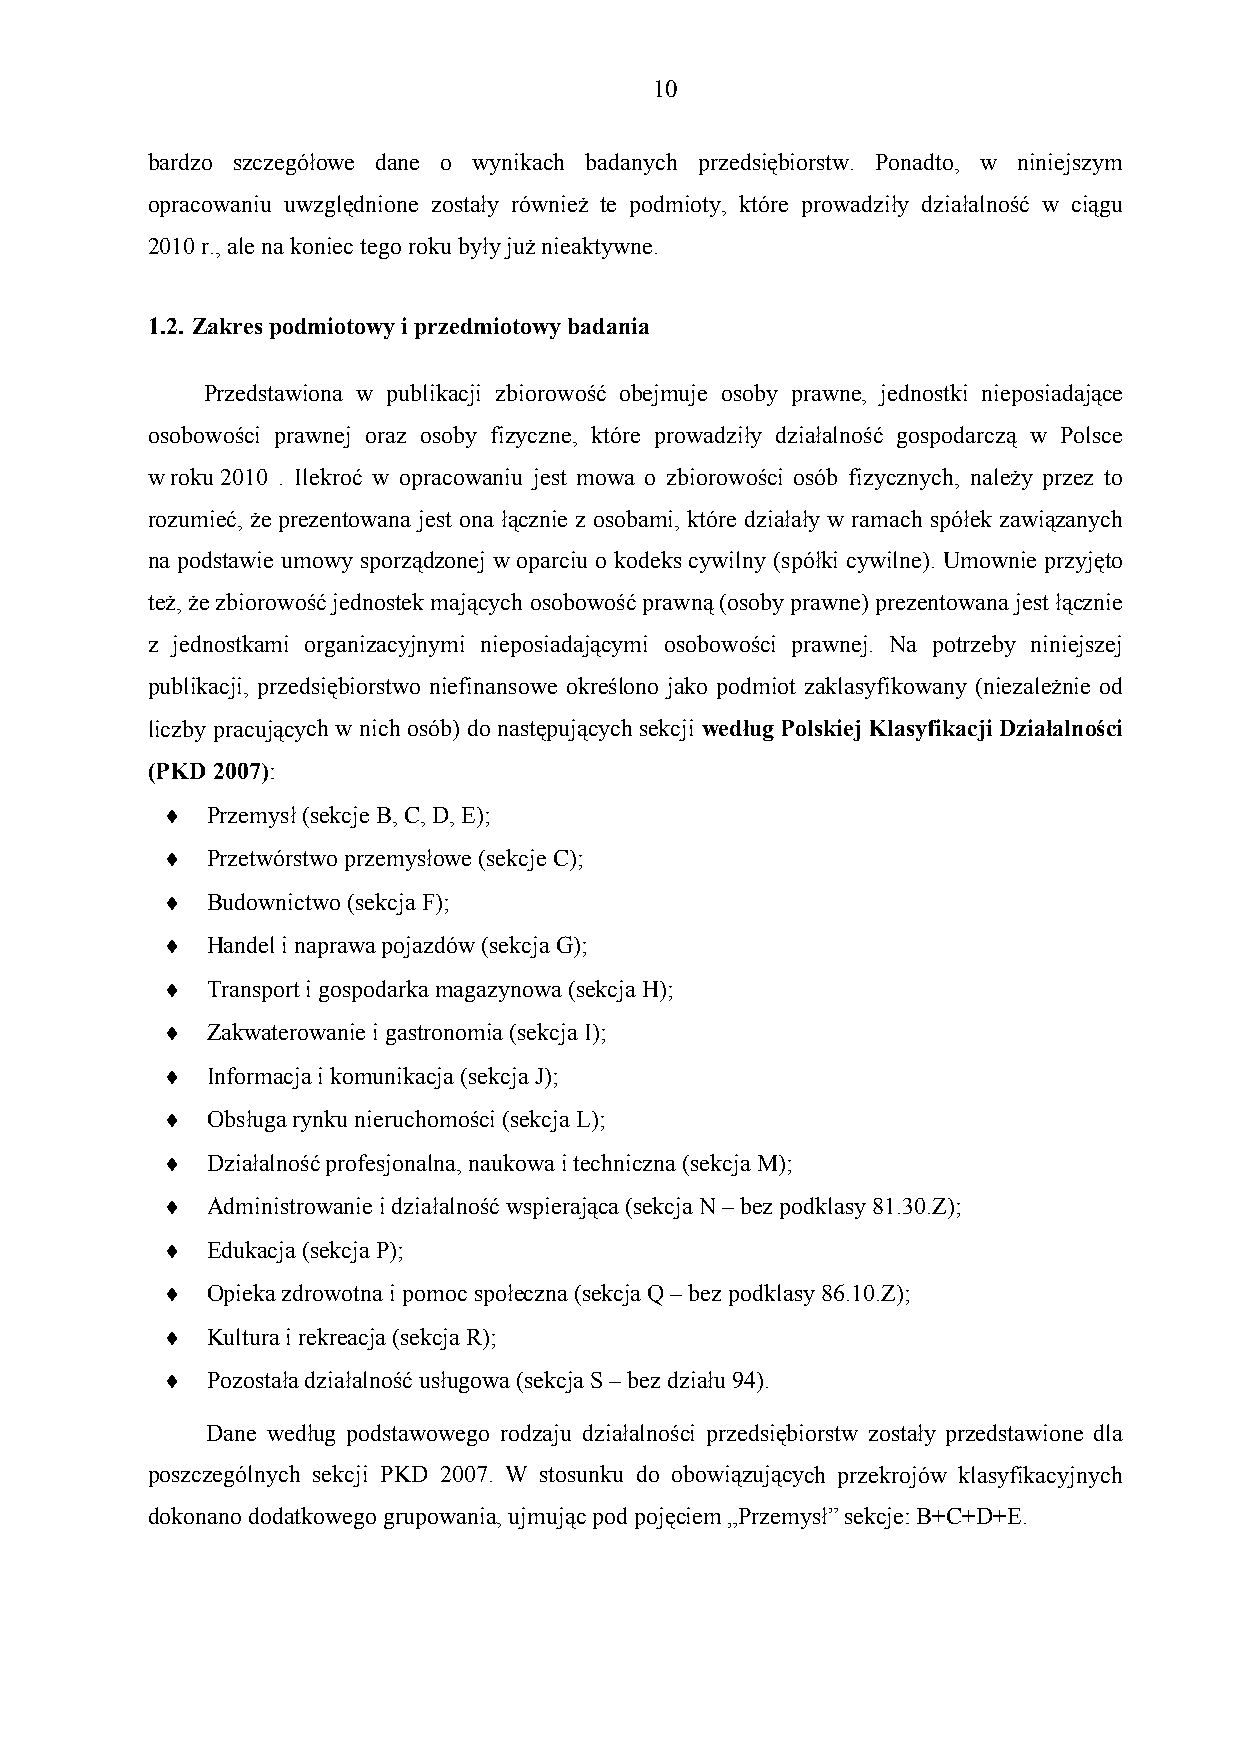
1 0
 bardzo szczegółowe dane o wynikach badanych przedsiębiorstw. Ponadto, w niniejszym
 opracowaniu uwzględnione zostały również te podmioty, które prowadziły działalność w ciągu
 2010 r., ale na koniec tego roku były już nieaktywne.
 1.2. Zakres podmiotowy i przedmiotowy badania
 Przedstawiona w publikacji zbiorowość obejmuje osoby prawne, jednostki nieposiadające
 osobowości prawnej oraz osoby fizyczne, które prowadziły działalność gospodarczą w Polsce
 w roku 2010 . Ilekroć w opracowaniu jest mowa o zbiorowości osób fizycznych, należy przez to
 rozumieć, że prezentowana jest ona łącznie z osobami, które działały w ramach spółek zawiązanych
 na podstawie umowy sporządzonej w oparciu o kodeks cywilny (spółki cywilne). Umownie przyjęto
 też, że zbiorowość jednostek mających osobowość prawną (osoby prawne) prezentowana jest łącznie
 z jednostkami organizacyjnymi nieposiadającymi osobowości prawnej. Na potrzeby niniejszej
 publikacji, przedsiębiorstwo niefinansowe określono jako podmiot zaklasyfikowany (niezależnie od
 liczby pracujących w nich osób) do następujących sekcji według Polskiej Klasyfikacji Działalności
 (PKD 2007):
   Przemysł (sekcje B, C, D, E);
   Przetwórstwo przemysłowe (sekcje C);
   Budownictwo (sekcja F);
   Handel i naprawa pojazdów (sekcja G);
   Transport i gospodarka magazynowa (sekcja H);
   Zakwaterowanie i gastronomia (sekcja I);
   Informacja i komunikacja (sekcja J);
   Obsługa rynku nieruchomości (sekcja L);
   Działalność profesjonalna, naukowa i techniczna (sekcja M);
   Administrowanie i działalność wspierająca (sekcja N – bez podklasy 81.30.Z);
   Edukacja (sekcja P);
   Opieka zdrowotna i pomoc społeczna (sekcja Q – bez podklasy 86.10.Z);
   Kultura i rekreacja (sekcja R);
   Pozostała działalność usługowa (sekcja S – bez działu 94).
 Dane według podstawowego rodzaju działalności przedsiębiorstw zostały przedstawione dla
 poszczególnych sekcji PKD 2007. W stosunku do obowiązujących przekrojów klasyfikacyjnych
 dokonano dodatkowego grupowania, ujmując pod pojęciem „Przemysł” sekcje: B+C+D+E.